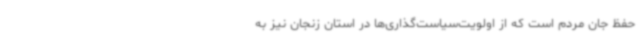
حفظ جان مردم است که از اولویت‌سیاست‌گذاری‌ها در استان زنجان نیز به